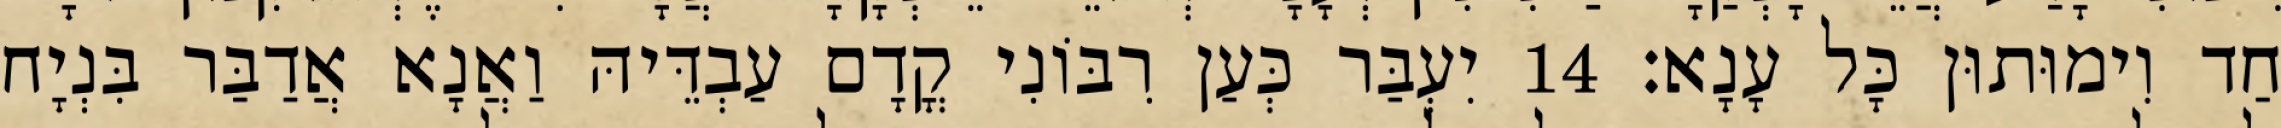
חַד וִימוּתוּן כָּל עָנָא׃ 14 יִעְבַּר כְּעַן רִבּוֹנִי קֳדָם עַבְדֵּיהּ וַאֲנָא אֲדַבַּר בִּנְיָח